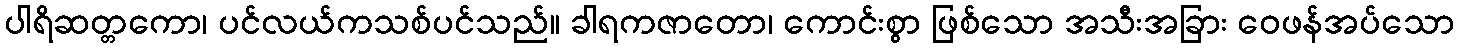
ပါရိဆတ္တကော၊ ပင်လယ်ကသစ်ပင်သည်။ ခါရကဇာတော၊ ကောင်းစွာ ဖြစ်သော အသီးအခြား ဝေဖန်အပ်သော